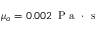
\mu _ { o } = 0 . 0 0 2 \, \mathrm { ~ P ~ a ~ } \cdot \mathrm { ~ s ~ }